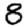
Digit: 8